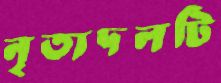
নৃত্যদলটি